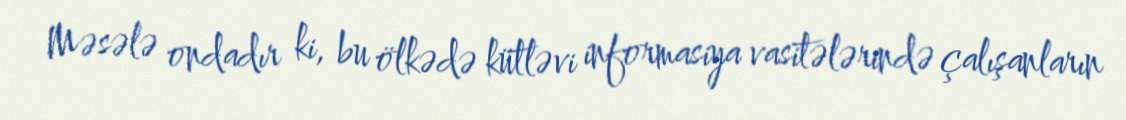
Məsələ ondadır ki, bu ölkədə kütləvi informasiya vasitələrində çalışanların